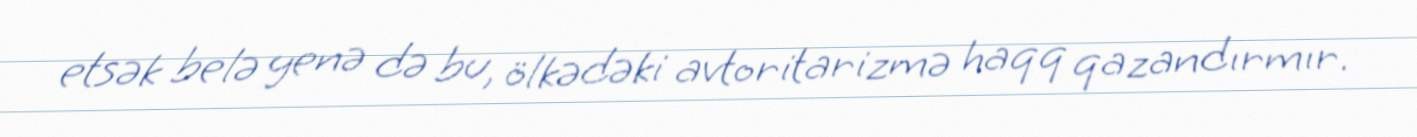
etsək belə yenə də bu, ölkədəki avtoritarizmə haqq qazandırmır.